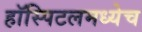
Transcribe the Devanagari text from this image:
हॉस्पिटलमध्येच